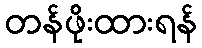
တန်ဖိုးထားရန်